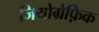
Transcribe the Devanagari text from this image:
जियोग्रेफ़िक